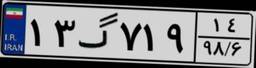
۱۳گ۷۱۹۱۴